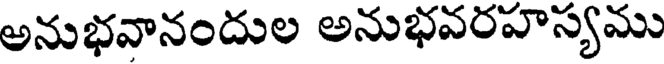
అనుభవానందుల అనుభవరహస్యము